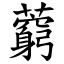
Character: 藭